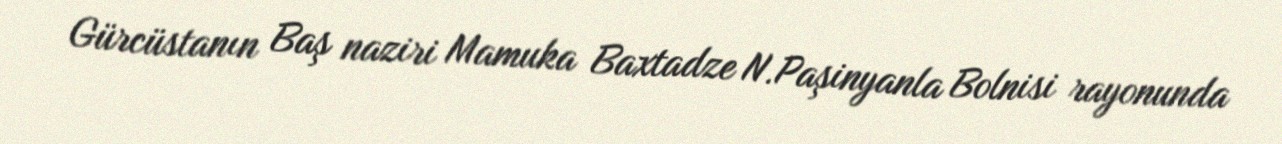
Gürcüstanın Baş naziri Mamuka Baxtadze N.Paşinyanla Bolnisi rayonunda